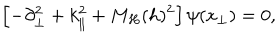
LaTeX: \left[ - \partial _ { \bot } ^ { 2 } + k _ { \| } ^ { 2 } + M _ { H } ( h ) ^ { 2 } \right] \psi ( x _ { \bot } ) = 0 ,